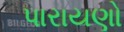
પારાયણો